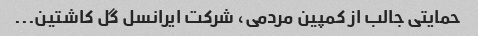
حمایتی جالب از کمپین مردمی، شرکت ایرانسل گل کاشتین...